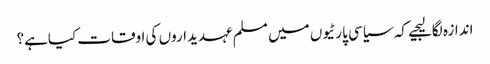
اندازہ لگالیجیے کہ سیاسی پارٹیوں میں مسلم عہدیداروں کی اوقات کیاہے؟